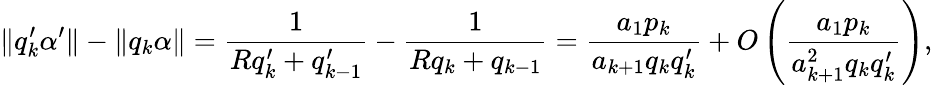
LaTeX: \| q_{k}^{\prime}\alpha^{\prime}\| -\| q_{k}\alpha\| =\frac{1}{Rq_{k}^{\prime}+q_{k-1}^{\prime}}-\frac{1}{Rq_{k}+q_{k-1}}=\frac{a_{1}p_{k}}{a_{k+1}q_{k}q_{k}^{\prime}}+O\left(\frac{a_{1}p_{k}}{a_{k+1}^{2}q_{k}q_{k}^{\prime}}\right),